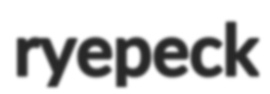
ryepeck